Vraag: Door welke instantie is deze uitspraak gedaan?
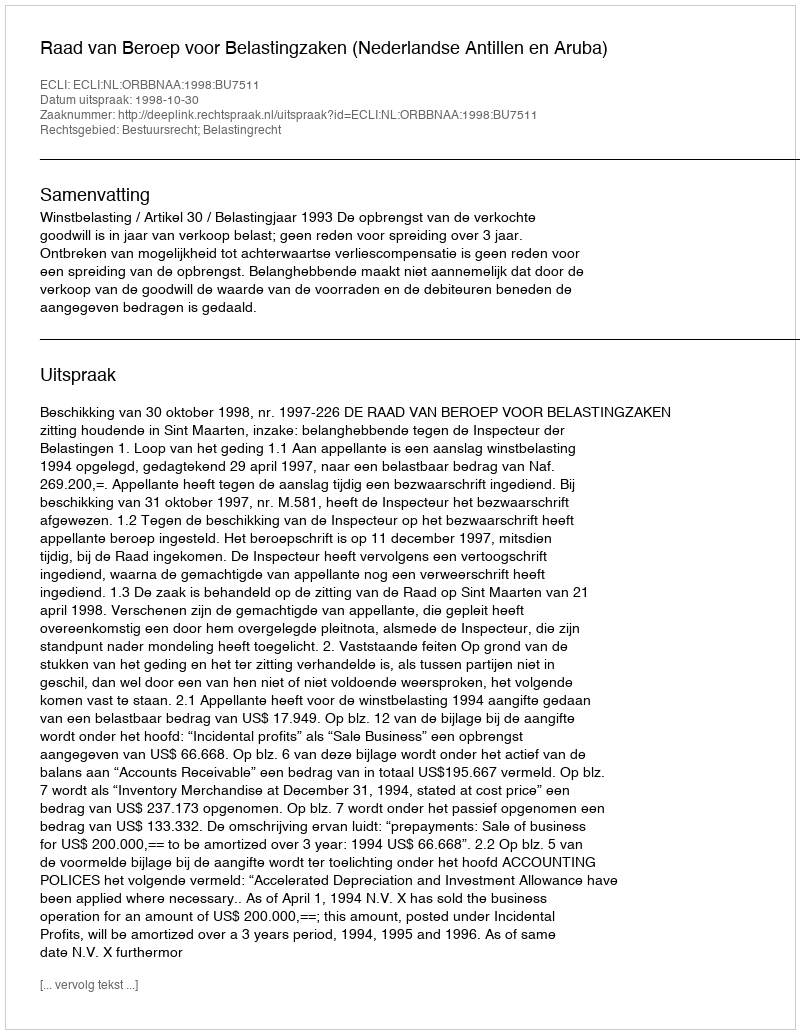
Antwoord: Raad van Beroep voor Belastingzaken (Nederlandse Antillen en Aruba)